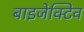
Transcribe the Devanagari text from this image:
बाइजेक्टिव